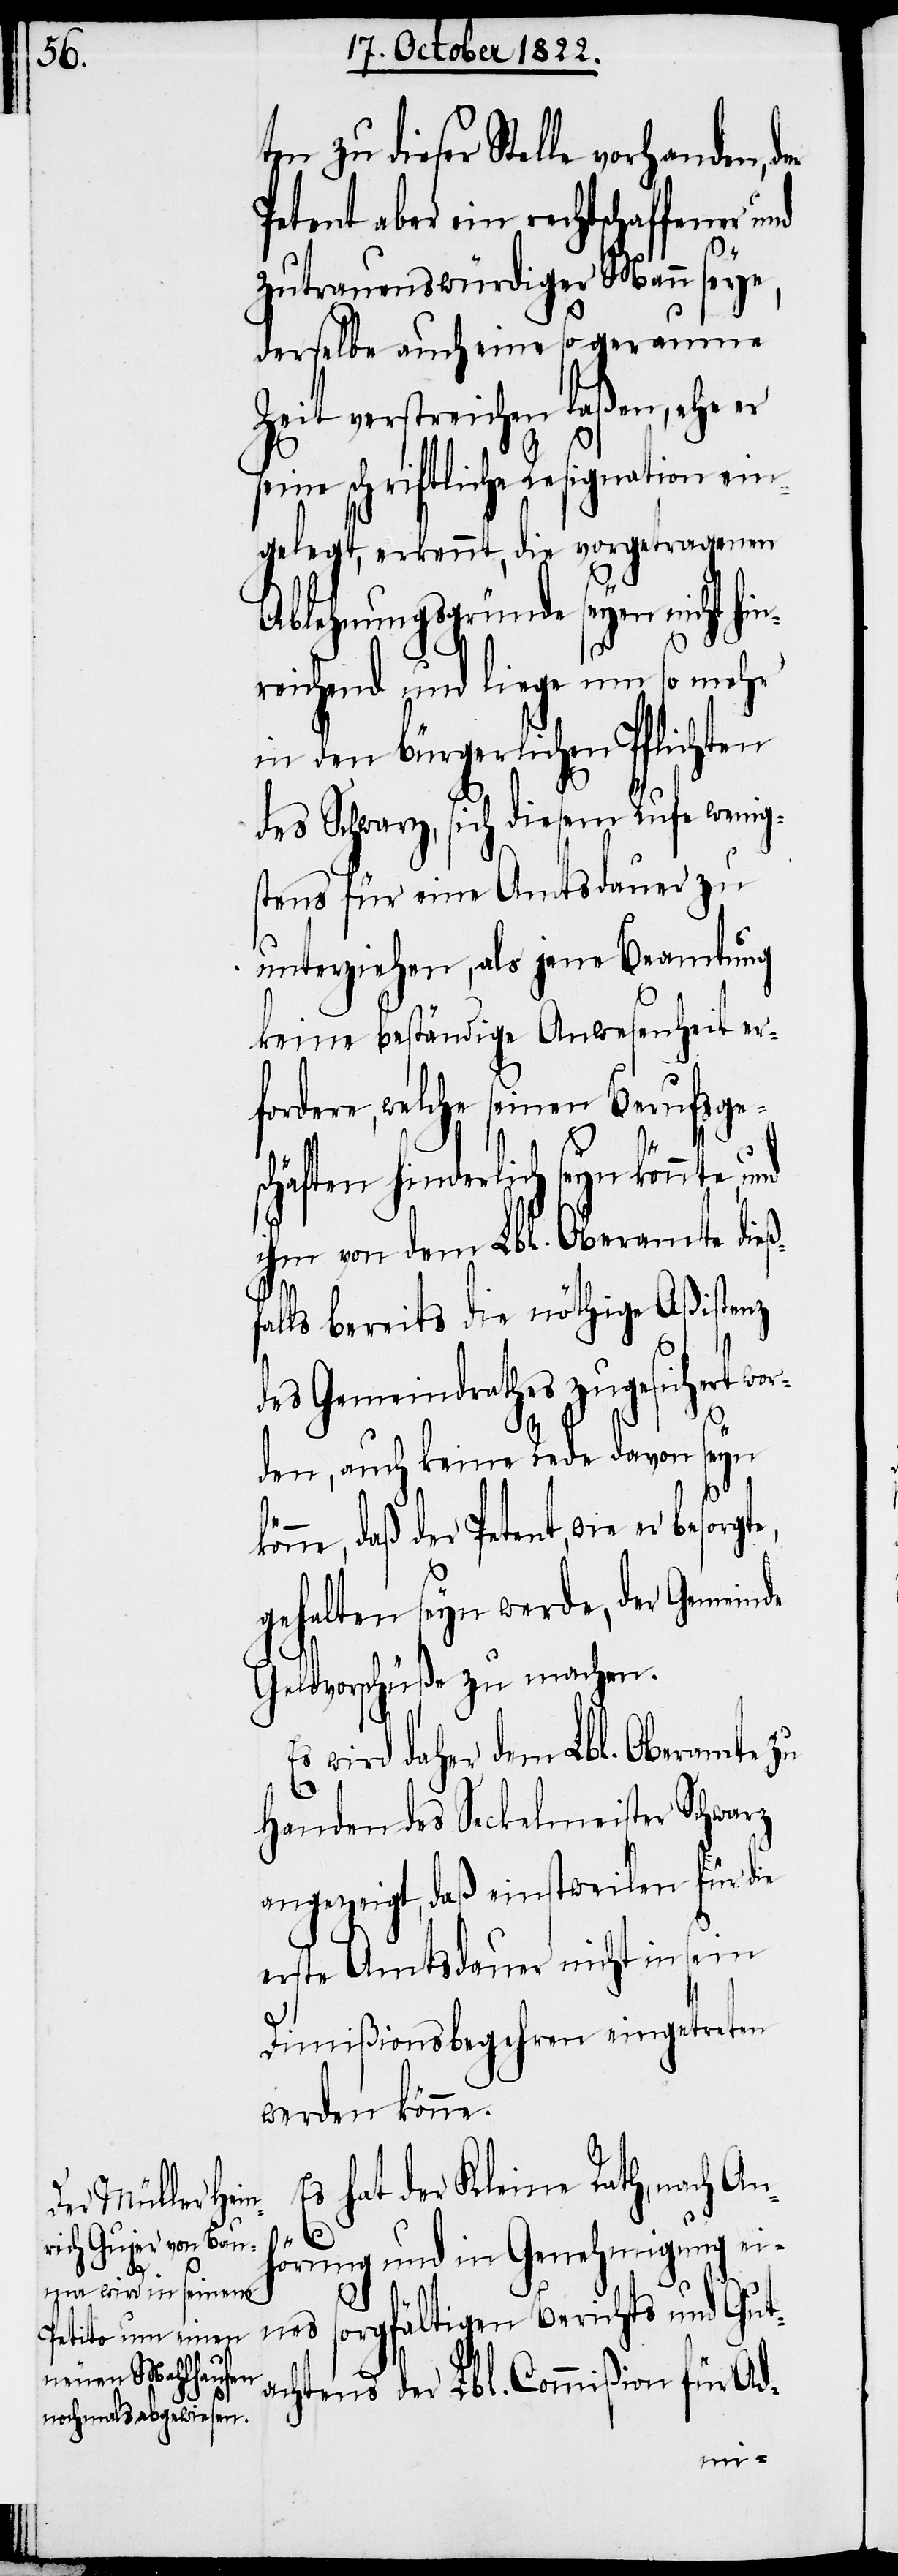
zu dieser Stelle vorhanden,
Petent aber ein rechtschaffener
zutrauenswürdiger Mann seye,
derselbe auch eine so geraume
Zeit verstreichen laßen, ehe er
e schriftliche Resignation
gelegt, erkennt, die vorgetragenen
Ablehnungsgründe seyen nicht hi¬
reichend und liege um so mehr
in den bürgerlichen Pflichten
des Schwarz, sich diesem Rufe wenig¬
stens für eine Amtsdauer zu
unterziehen, als jene Beamtung
keine beständige Anwesenheit er¬
fordere, welche seinen Berufsge¬
schäften hinderlich seyn könnte,
ihm von dem Lbl. Oberamte dieß¬
falls bereits die nöthige Aßistenz
des Gemeindrathes zugesichert wor¬
den, auch keine Rede davon seyn
önne, daß der Petent, wie er besorg¬
gehalten seyn werde, der Gemeinde
Geldvorschüße zu machen.
wird daher dem Lbl. Oberamte zu
Handen des Seckelmeister Schwarz
angezeigt, daß einstweilen für die
erste Amtsdauer nicht in sein
Dimißionsbegehren eingetreten
werden könne.
Es hat der Kleine Rath, nach An¬
hörung und in Genehmigung ei¬
sorgfältigen Berichts und Gut¬
nes
achtens der Lbl. Commißion für Ad-
te,